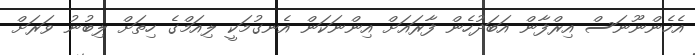
އެހެންނޫނަސް އިރްފާން އަބަދުހެން ފާރައަށް އިންނަކަން އެނގުމަކީ ލިއަމްގެ ހިތަށް ލިބުނު ވަރަށް